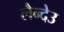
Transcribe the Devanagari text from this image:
लैन्देउ